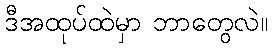
ဒီအထုပ်ထဲမှာ ဘာတွေလဲ။